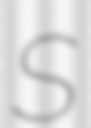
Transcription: S